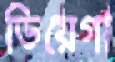
ডিয়েগা